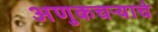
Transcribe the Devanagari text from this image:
अणुकचऱ्याचे